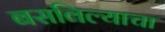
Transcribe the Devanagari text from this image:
बसविल्याचा